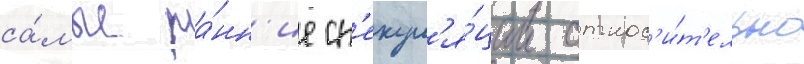
са́мые ра́нн'ие сп'екул'я́ции относ'и́т'ельно